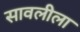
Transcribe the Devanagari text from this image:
सावलीला